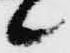
候